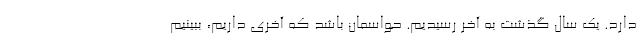
دارد. یک سال گذشت به آخر رسیدیم. حواسمان باشد که آخری داریم، ببینیم